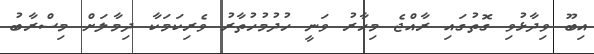
އިބޫ ވިދާޅުވި ގޮތުގައި ރާއްޖެ މިހާރު ވަނީ ހުދުމުހުތާރު ވެރިކަމަކާ ދިމާލަށް މިސްރާބު